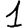
Digit: 1